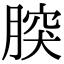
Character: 𦝬